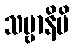
သဗ္ဗာနိပိ